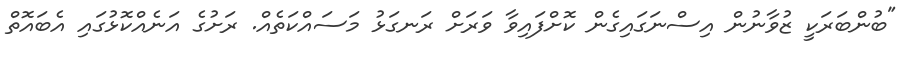
"ބުންބަރަކީ ޒުވާނުން އިސްނަގައިގެން ކޮށްފައިވާ ވަރަށް ރަނގަޅު މަސައްކަތެއް. ރަށުގެ އަނެއްކޮޅުގައި އެބައޮތް